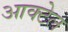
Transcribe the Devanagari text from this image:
आक्टेल